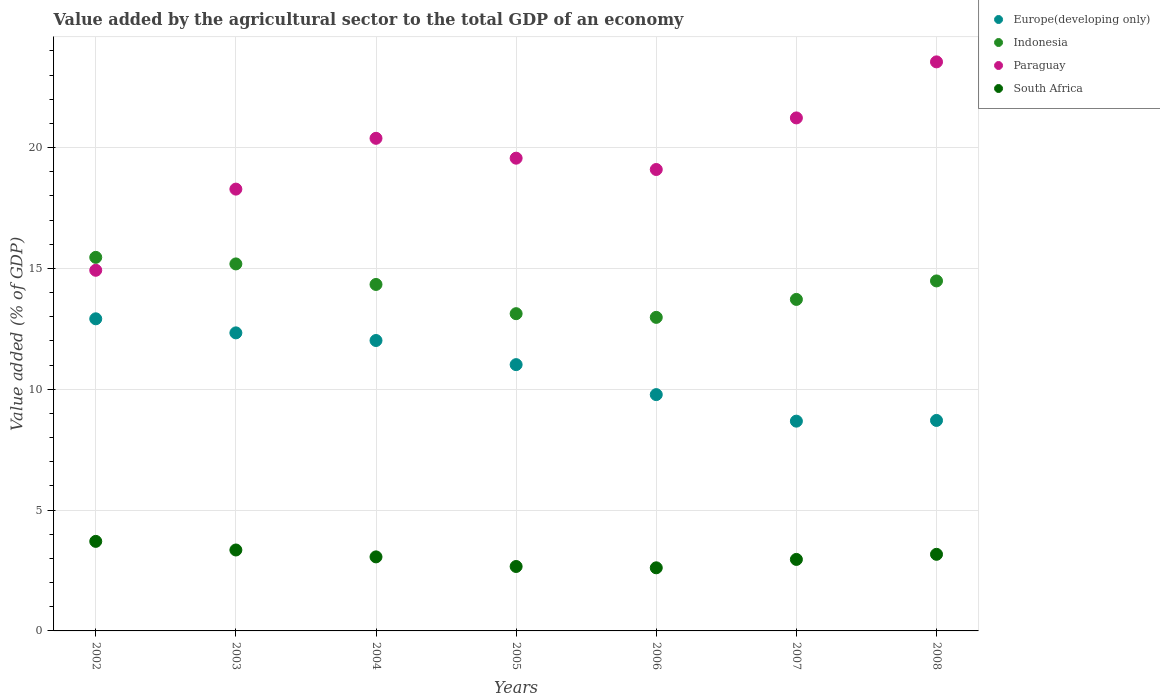
| Years | Europe(developing only) | Indonesia | Paraguay | South Africa |
 | --- | --- | --- | --- | --- |
 | 2002 | 12.9 | 15.5 | 14.9 | 3.71 |
 | 2003 | 12.3 | 15.2 | 18.3 | 3.35 |
 | 2004 | 12 | 14.3 | 20.4 | 3.06 |
 | 2005 | 11 | 13.1 | 19.6 | 2.67 |
 | 2006 | 9.78 | 13 | 19.1 | 2.61 |
 | 2007 | 8.68 | 13.7 | 21.2 | 2.96 |
 | 2008 | 8.71 | 14.5 | 23.5 | 3.17 |